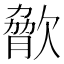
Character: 𣣲